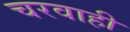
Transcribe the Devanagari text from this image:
चरवाही